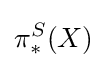
\pi _{*}^{S}(X)